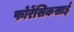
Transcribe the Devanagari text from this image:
फोरेंसिकसाई